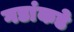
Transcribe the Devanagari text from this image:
गडांकडे